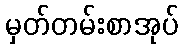
မှတ်တမ်းစာအုပ်